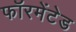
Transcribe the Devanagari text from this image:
फॉरमेंटेड